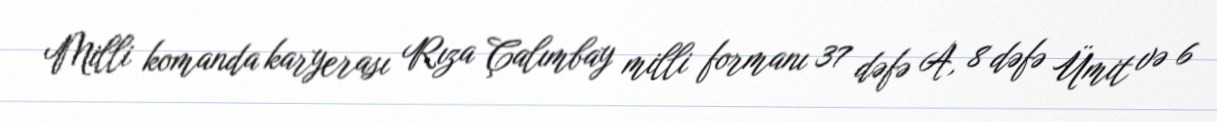
Milli komanda karyerası Rıza Çalımbay milli formanı 37 dəfə A, 8 dəfə Ümit və 6